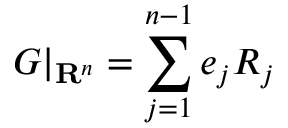
G | _ { \mathbf { R } ^ { n } } = \sum _ { j = 1 } ^ { n - 1 } e _ { j } R _ { j }